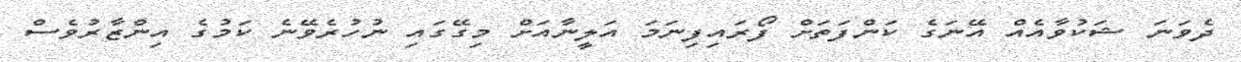
ދެވަނަ ޝަކުވާއެއް އޭނަގެ ކަންފަތަށް ފޯރައިފިނަމަ އަލީނާއަށް މިގޭގައި ނުހުރެވޭނެ ކަމުގެ އިންޒާރުވެސް